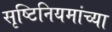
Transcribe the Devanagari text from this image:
सृष्टिनियमांच्या